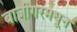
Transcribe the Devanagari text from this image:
बाजीगरमधून